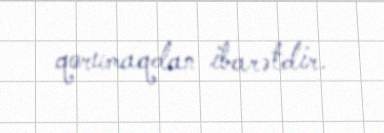
qorumaqdan ibarətdir.